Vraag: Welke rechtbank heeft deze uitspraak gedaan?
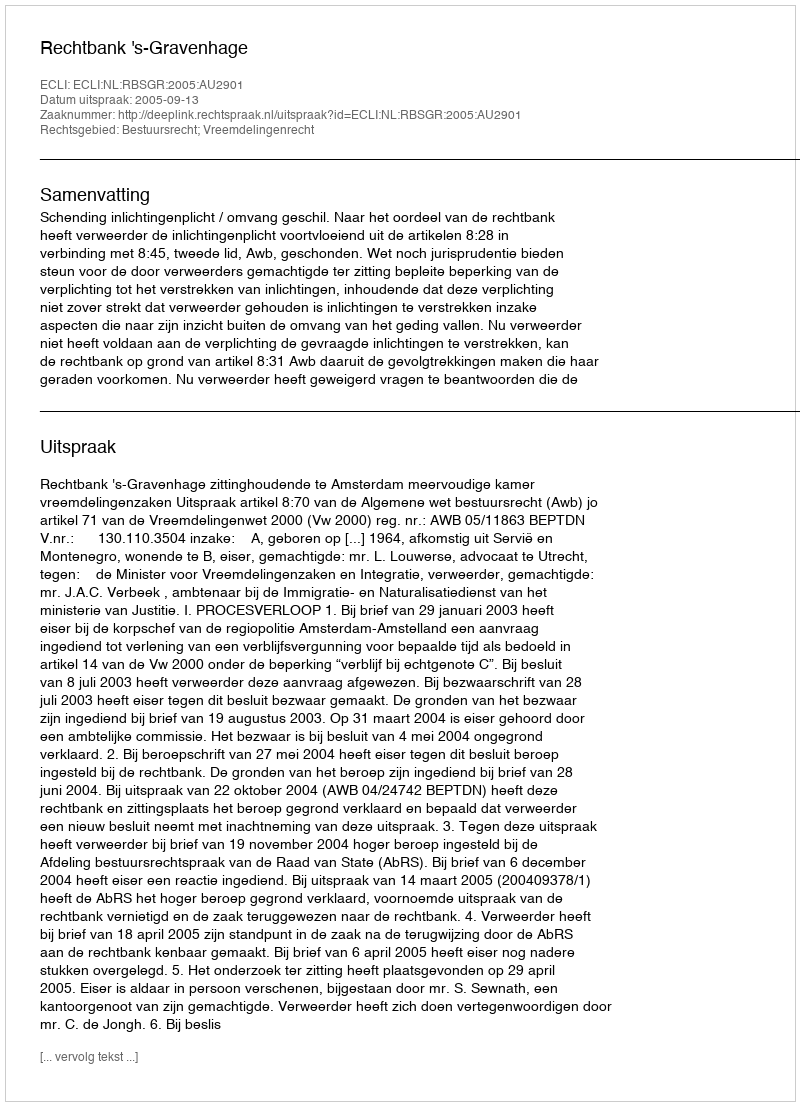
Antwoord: Rechtbank 's-Gravenhage